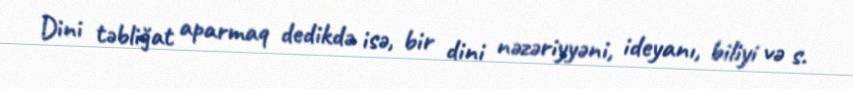
Dini təbliğat aparmaq dedikdə isə, bir dini nəzəriyyəni, ideyanı, biliyi və s.